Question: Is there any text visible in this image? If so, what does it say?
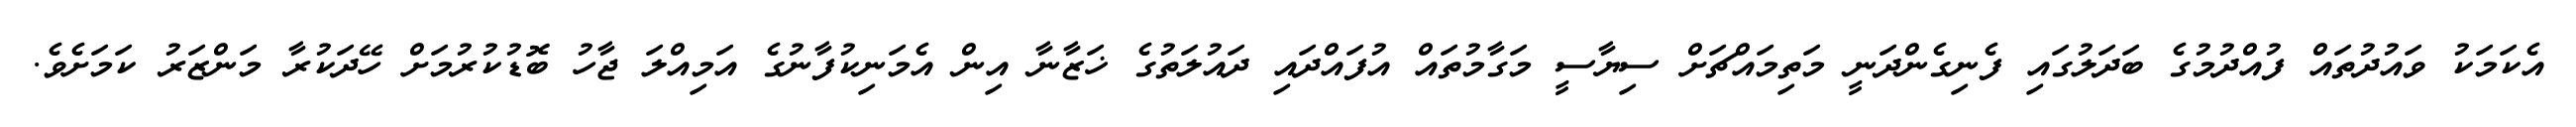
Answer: އެކަމަކު ވައުދުތައް ފުއްދުމުގެ ބަދަލުގައި ފެނިގެންދަނީ މަތިމައްޗަށް ސިޔާސީ މަގާމުތައް އުފައްދައި ދައުލަތުގެ ޚަޒާނާ އިން އެމަނިކުފާނުގެ އަމިއްލަ ޖާހު ބޮޑުކުރުމަށް ހޭދަކުރާ މަންޒަރު ކަމަށެވެ.